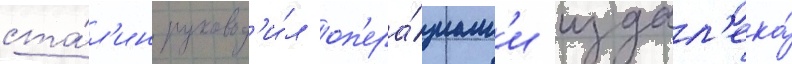
ста́л'ин руковод'и́л оп'ера́циам'и издал'ека́